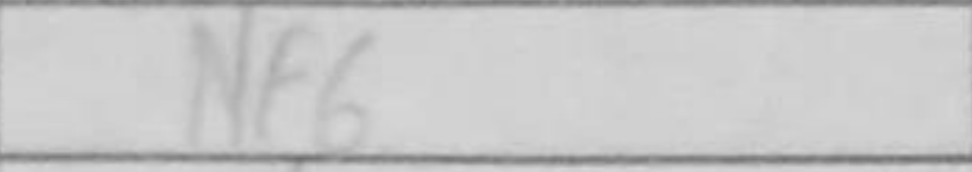
Transcription: Nf6